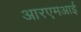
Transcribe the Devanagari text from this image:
आरएमआई